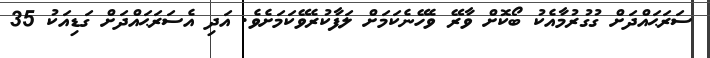
ސަރަޙައްދަށް ގުގުރުމާއެކު ބޯކޮށް ވާރޭ ވެހޭނެކަމަށް ލަފާކުރެވޭކަމަށެވެ. އަދި އެސަރަޙައްދަށް ގަޑިއަކު 35